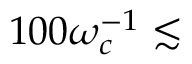
1 0 0 \omega _ { c } ^ { - 1 } \lesssim